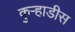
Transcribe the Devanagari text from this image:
कुऱ्हाडीस